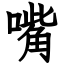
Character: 嘴